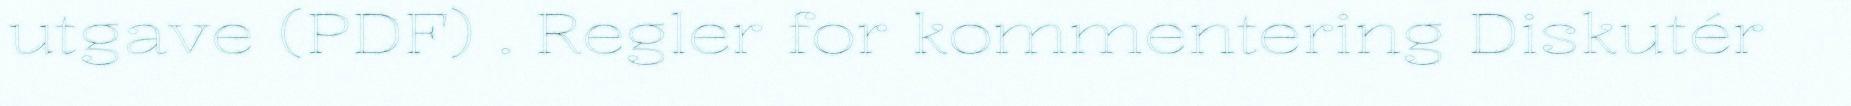
utgave (PDF) . Regler for kommentering Diskutér